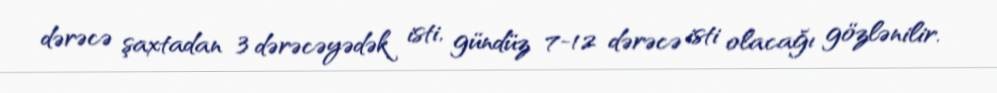
dərəcə şaxtadan 3 dərəcəyədək isti, gündüz 7-12 dərəcə isti olacağı gözlənilir.